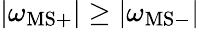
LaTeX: |\omega_{\mathrm{MS}+}|\geq|\omega_{\mathrm{MS}-}|